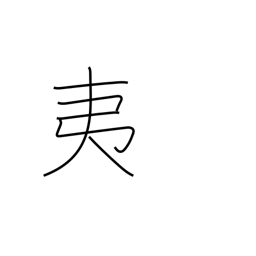
Meaning: barbarian